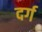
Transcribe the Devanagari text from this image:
दर्ग